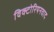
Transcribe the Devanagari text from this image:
विक्टोरियनवाद